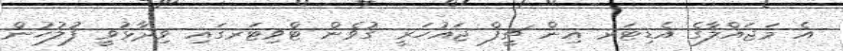
އެ މަޖައްލާގެ އެޑިޓަރ އިން ޗީފް ޖައުހަރީ ގުވެން ޓްވިޓަރގައި ވިދާޅުވީ ފުލުހުން